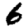
Digit: 6